Report of the Municipal Commissioner on the plague in Bombay for the year ending 31st May... - Volume 1
Disease focus: Plague
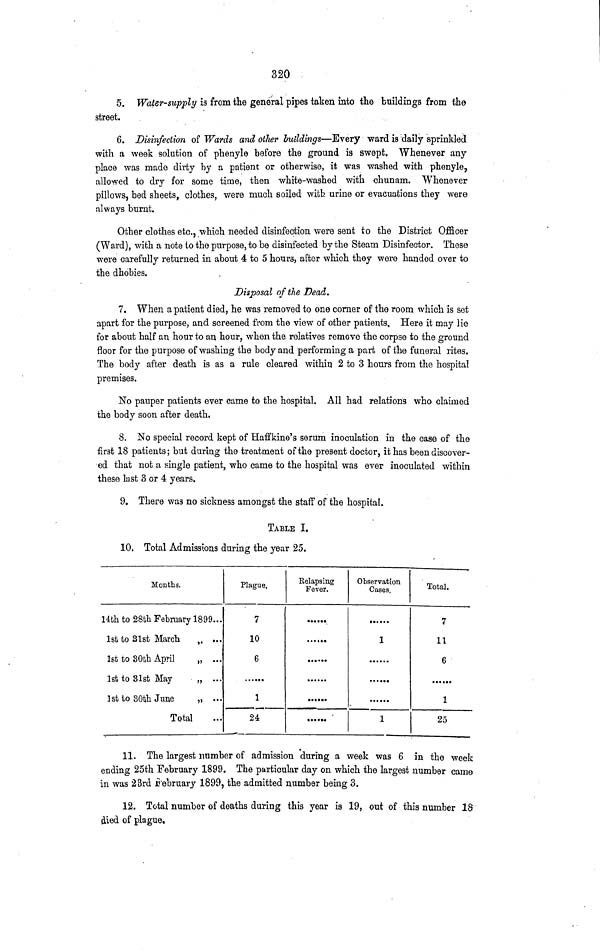
320
5. Water-supply is from the general pipes taken into the buildings from the
street.
6. Disinfection of Wards and other buildings—Every ward is daily sprinkled
with a week solution of phenyle before the ground is swept. Whenever any
place was made dirty by a patient or otherwise, it was washed with phenyle,
allowed to dry for some time, then white-washed with chunam. Whenever
pillows, bed sheets, clothes, were much soiled with nrine or evacuations they were
always burnt.
Other clothes etc., which needed disinfection were sent to the District Officer
(Ward), with a note to the purpose, to be disinfected by the Steam Disinfector. These
were carefully returned in about 4 to 5 hours, after which they were handed over to
the dhobies.
Disposal of the Dead.
7. When a patient died, he was removed to one comer of the room which is set
apart for the purpose, and screened from the view of other patients, Here it may lie
for about half an hour to an hour, when the relatives remove the corpse to the ground
floor for the purpose of washing the body and performing a part of the funeral rites.
The body after death is as a rule cleared within 2 to 3 hours from the hospital
premises.
No pauper patients ever came to the hospital. All had relations who claimed
the body soon after death.
8. No special record kept of Haffkine's serum inoculation in the case of the
first 18 patients; but during the treatment of the present doctor, it has been discover-
ed that not a single patient, who came to the hospital was ever inoculated within
these last 3 or 4 years.
9. There was no sickness amongst the staff of the hospital.
TABLE I.
10. Total Admissions during the year 25.
Months.
14th to 28th February 1899...
1st to 31st March
„ ...
1st to 30th April
„ ...
1st to 31st May
„ ...
1st to 30th June
„ ...
Total
Plague.
7
10
6
1
24
Relapsing
Fever.
••• •••
• • It •
•••
•
••••••
••••• •
Observation
Cases.
... ...
1
1
Total.
7
11
6
1
25
11. The largest number of admission during a week was 6 in the week
ending 25th February 1899. The particular day on which the largest number came
in was 23rd February 1899, the admitted number being 3.
12. Total number of deaths during this year is 19, out of this number 18
died of plague.